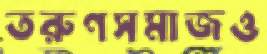
তরুণসমাজও